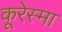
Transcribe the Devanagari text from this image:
कूरेस्मा